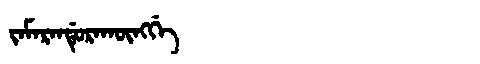
Manchu: ᠵᠠᠮᠠᡵᠠᠨᡩᡠᡵᠠᡴᡡᠩᡤᡝ
Romanization: JAMARANDURAKŪNGGE